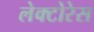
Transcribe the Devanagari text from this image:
लेक्टोरेस